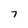
Character: 7